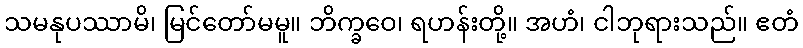
သမနုပဿာမိ၊ မြင်တော်မမူ။ ဘိက္ခဝေ၊ ရဟန်းတို့။ အဟံ၊ ငါဘုရားသည်။ ဧတံ